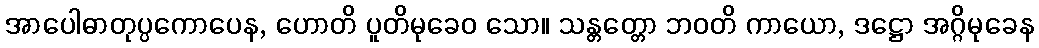
အာပေါဓာတုပ္ပကောပေန, ဟောတိ ပူတိမုခေဝ သော။ သန္တတ္တော ဘဝတိ ကာယော, ဒဋ္ဌော အဂ္ဂိမုခေန